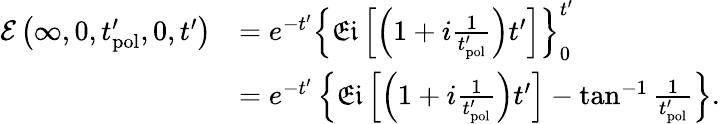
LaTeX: \begin{array}{rl}{\mathcal{E}\left(\infty,0,t_{\mathrm{pol}}^{\prime},0,t^{\prime}\right)}&{=e^{-t^{\prime}}\left\{ \mathfrak{Ei}\left[\left(1+i\frac{1}{t_{\mathrm{pol}}^{\prime}}\right)t^{\prime}\right]\right\} _{0}^{t^{\prime}}}\\ &{=e^{-t^{\prime}}\left\{ \mathfrak{Ei}\left[\left(1+i\frac{1}{t_{\mathrm{pol}}^{\prime}}\right)t^{\prime}\right]-\tan^{-1}{\frac{1}{t_{\mathrm{pol}}^{\prime}}}\right\} .}\end{array}